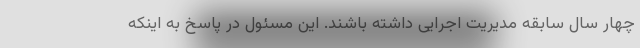
چهار سال سابقه مدیریت اجرایی داشته باشند. این مسئول در پاسخ به اینکه